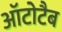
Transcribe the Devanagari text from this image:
ऑटोटैब